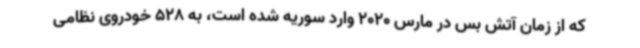
که از زمان آتش بس در مارس 2020 وارد سوریه شده است، به 528 خودروی نظامی